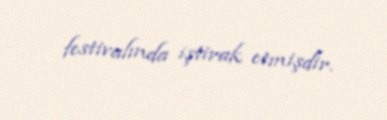
festivalında iştirak etmişdir.